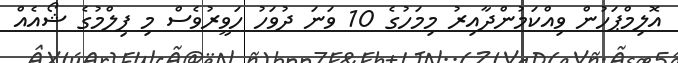
އޮލިމްޕަހުން ވިއްކަމުންދާއިރު މިމަހުގެ 10 ވަނަ ދުވަހު ހަވީރުވެސް މި ފިލްމުގެ ޝޯއެއް